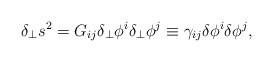
\begin{align*}\delta_\perp s^2 = G_{ij}\delta_\perp\phi^i \delta_\perp\phi^j \equiv \gamma_{ij}\delta \phi^i \delta\phi^j,\end{align*}